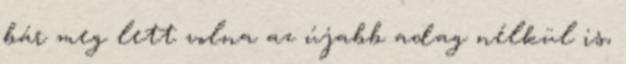
bár meg lett volna az újabb adag nélkül is,